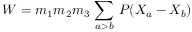
{ \cal W } = m _ { 1 } m _ { 2 } m _ { 3 } \, \sum _ { a > b } \, { \cal P } ( X _ { a } - X _ { b } )